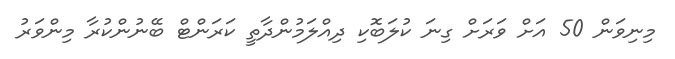
މިނިވަން 50 އަށް ވަރަށް ގިނަ ކުލަބޮކި ދިއްލަމުންދާތީ ކަރަންޓް ބޭނުންކުރާ މިންވަރު